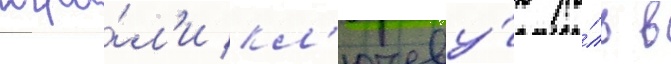
игра́л'и кл'ючеву́ю ро́ль в